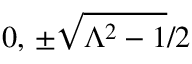
0 , \, \pm \sqrt { \Lambda ^ { 2 } - 1 } / 2